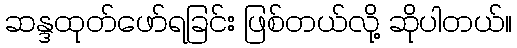
ဆန္ဒထုတ်ဖော်ရခြင်း ဖြစ်တယ်လို့ ဆိုပါတယ်။